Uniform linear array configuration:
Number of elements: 32
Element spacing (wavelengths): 0.5
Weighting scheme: kaiser
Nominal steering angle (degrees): -30
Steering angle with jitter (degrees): -28.07
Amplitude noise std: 0.05
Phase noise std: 0.05

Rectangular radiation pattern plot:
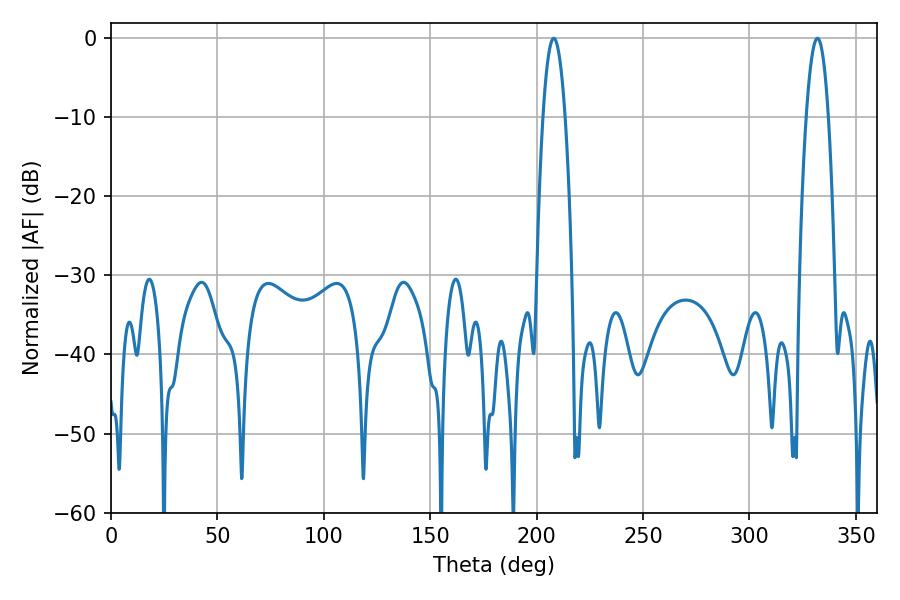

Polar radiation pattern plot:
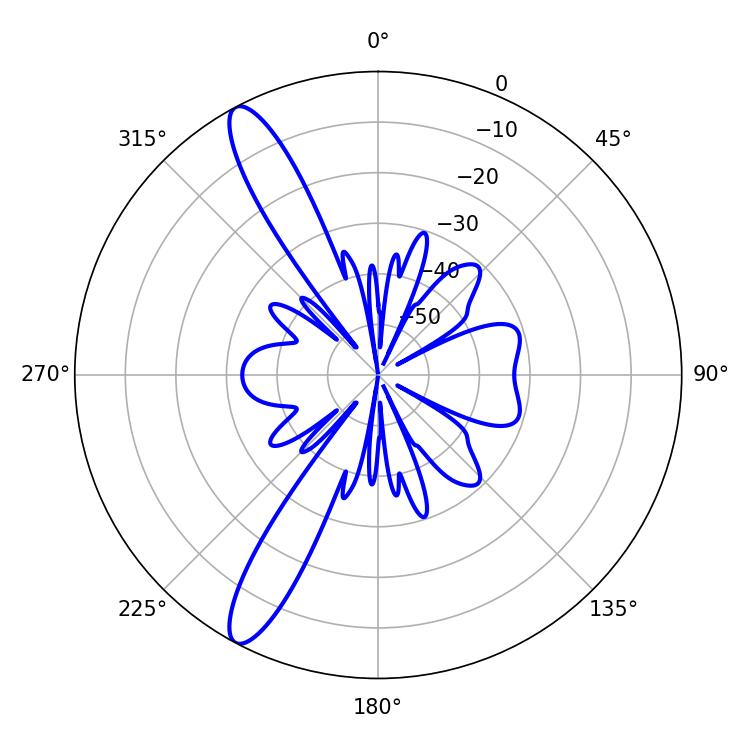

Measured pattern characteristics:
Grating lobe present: FALSE
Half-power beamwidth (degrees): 5.76
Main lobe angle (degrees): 208.08